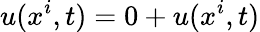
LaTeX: u(x^{i},t)=0+u(x^{i},t)